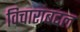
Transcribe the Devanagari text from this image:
विचारांबद्दल